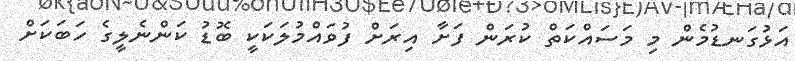
އަޅުގަނޑުމެން މި މަސައްކަތް ކުރަން ފަށާ އިރަށް ފުވައްމުލަކަކީ ބޮޑު ކަންނެލީގެ ހަބަކަށް